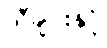
သီချင်းနှင့်